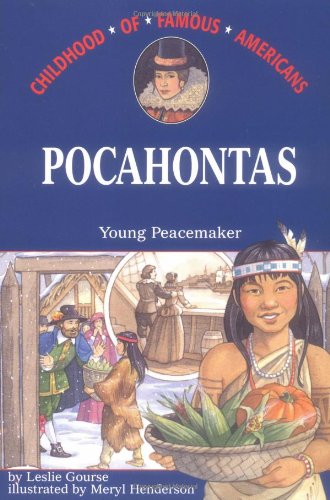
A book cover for Pocahontas: Young Peacemaker (Childhood of Famous Americans); Leslie Gourse; Children's Books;